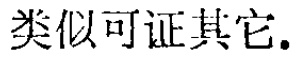
类似可证其它.